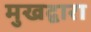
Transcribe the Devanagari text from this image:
मुखद्वारा